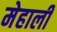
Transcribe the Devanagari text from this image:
मेहाली